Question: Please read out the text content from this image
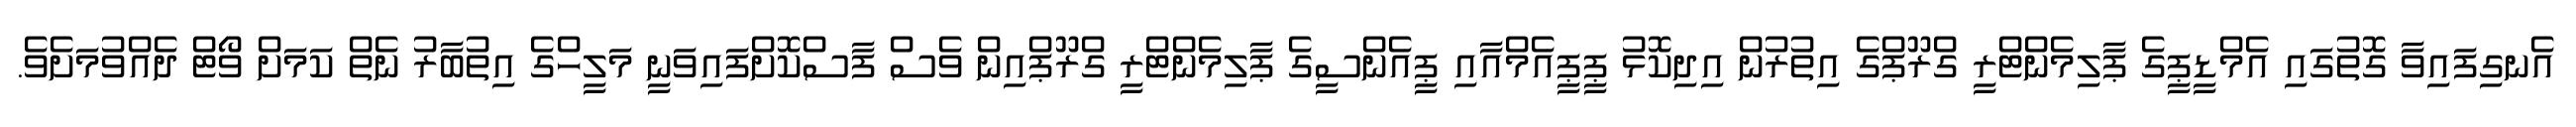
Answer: އެނގިފައިވާ ގޮތުގައި އެމްޑީޕީގެ ޕާލިމެންޓްރީ ގްރޫޕްގެ އިތުރުން އިދިކޮޅު ޕީޕީއެމްއާއި ޕީއެންސީގެ ޕާލިމެންޓްރީ ގްރޫޕްއިން ވެސް ފާސްކޮށްފައިވަނީ މަލީހްގެ އިތުބާރު ނެތް ކަމަށް ވޯޓް ދެއްވުމަށެވެ.